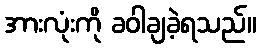
အားလုံးကို ခဝါချခဲ့ရသည်။